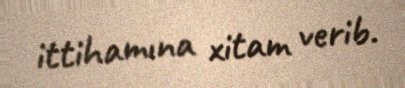
ittihamına xitam verib.